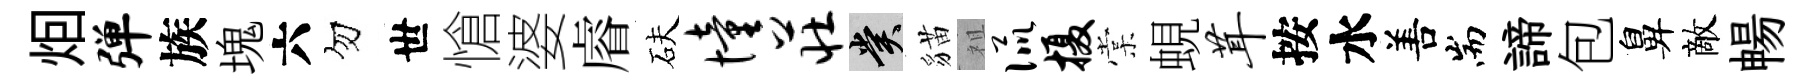
𤇆弹族塊六勿世愴婆𥈠砆憧庄賞貓祖侃摄棠蜆茸按水𠵊耑諦包鼻敵暢